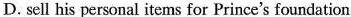
D. sell his personal items for Prince's foundation